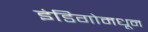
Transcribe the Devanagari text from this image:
इंडिगोमधून